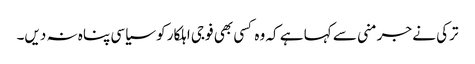
ترکی نے جرمنی سے کہا ہے کہ وہ کسی بھی فوجی اہلکار کو سیاسی پناہ نہ دیں۔